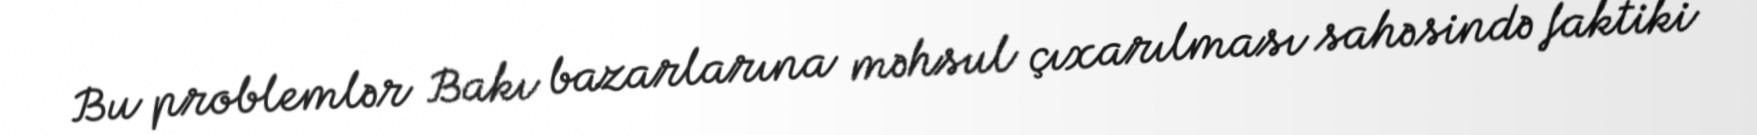
Bu problemlər Bakı bazarlarına məhsul çıxarılması sahəsində faktiki